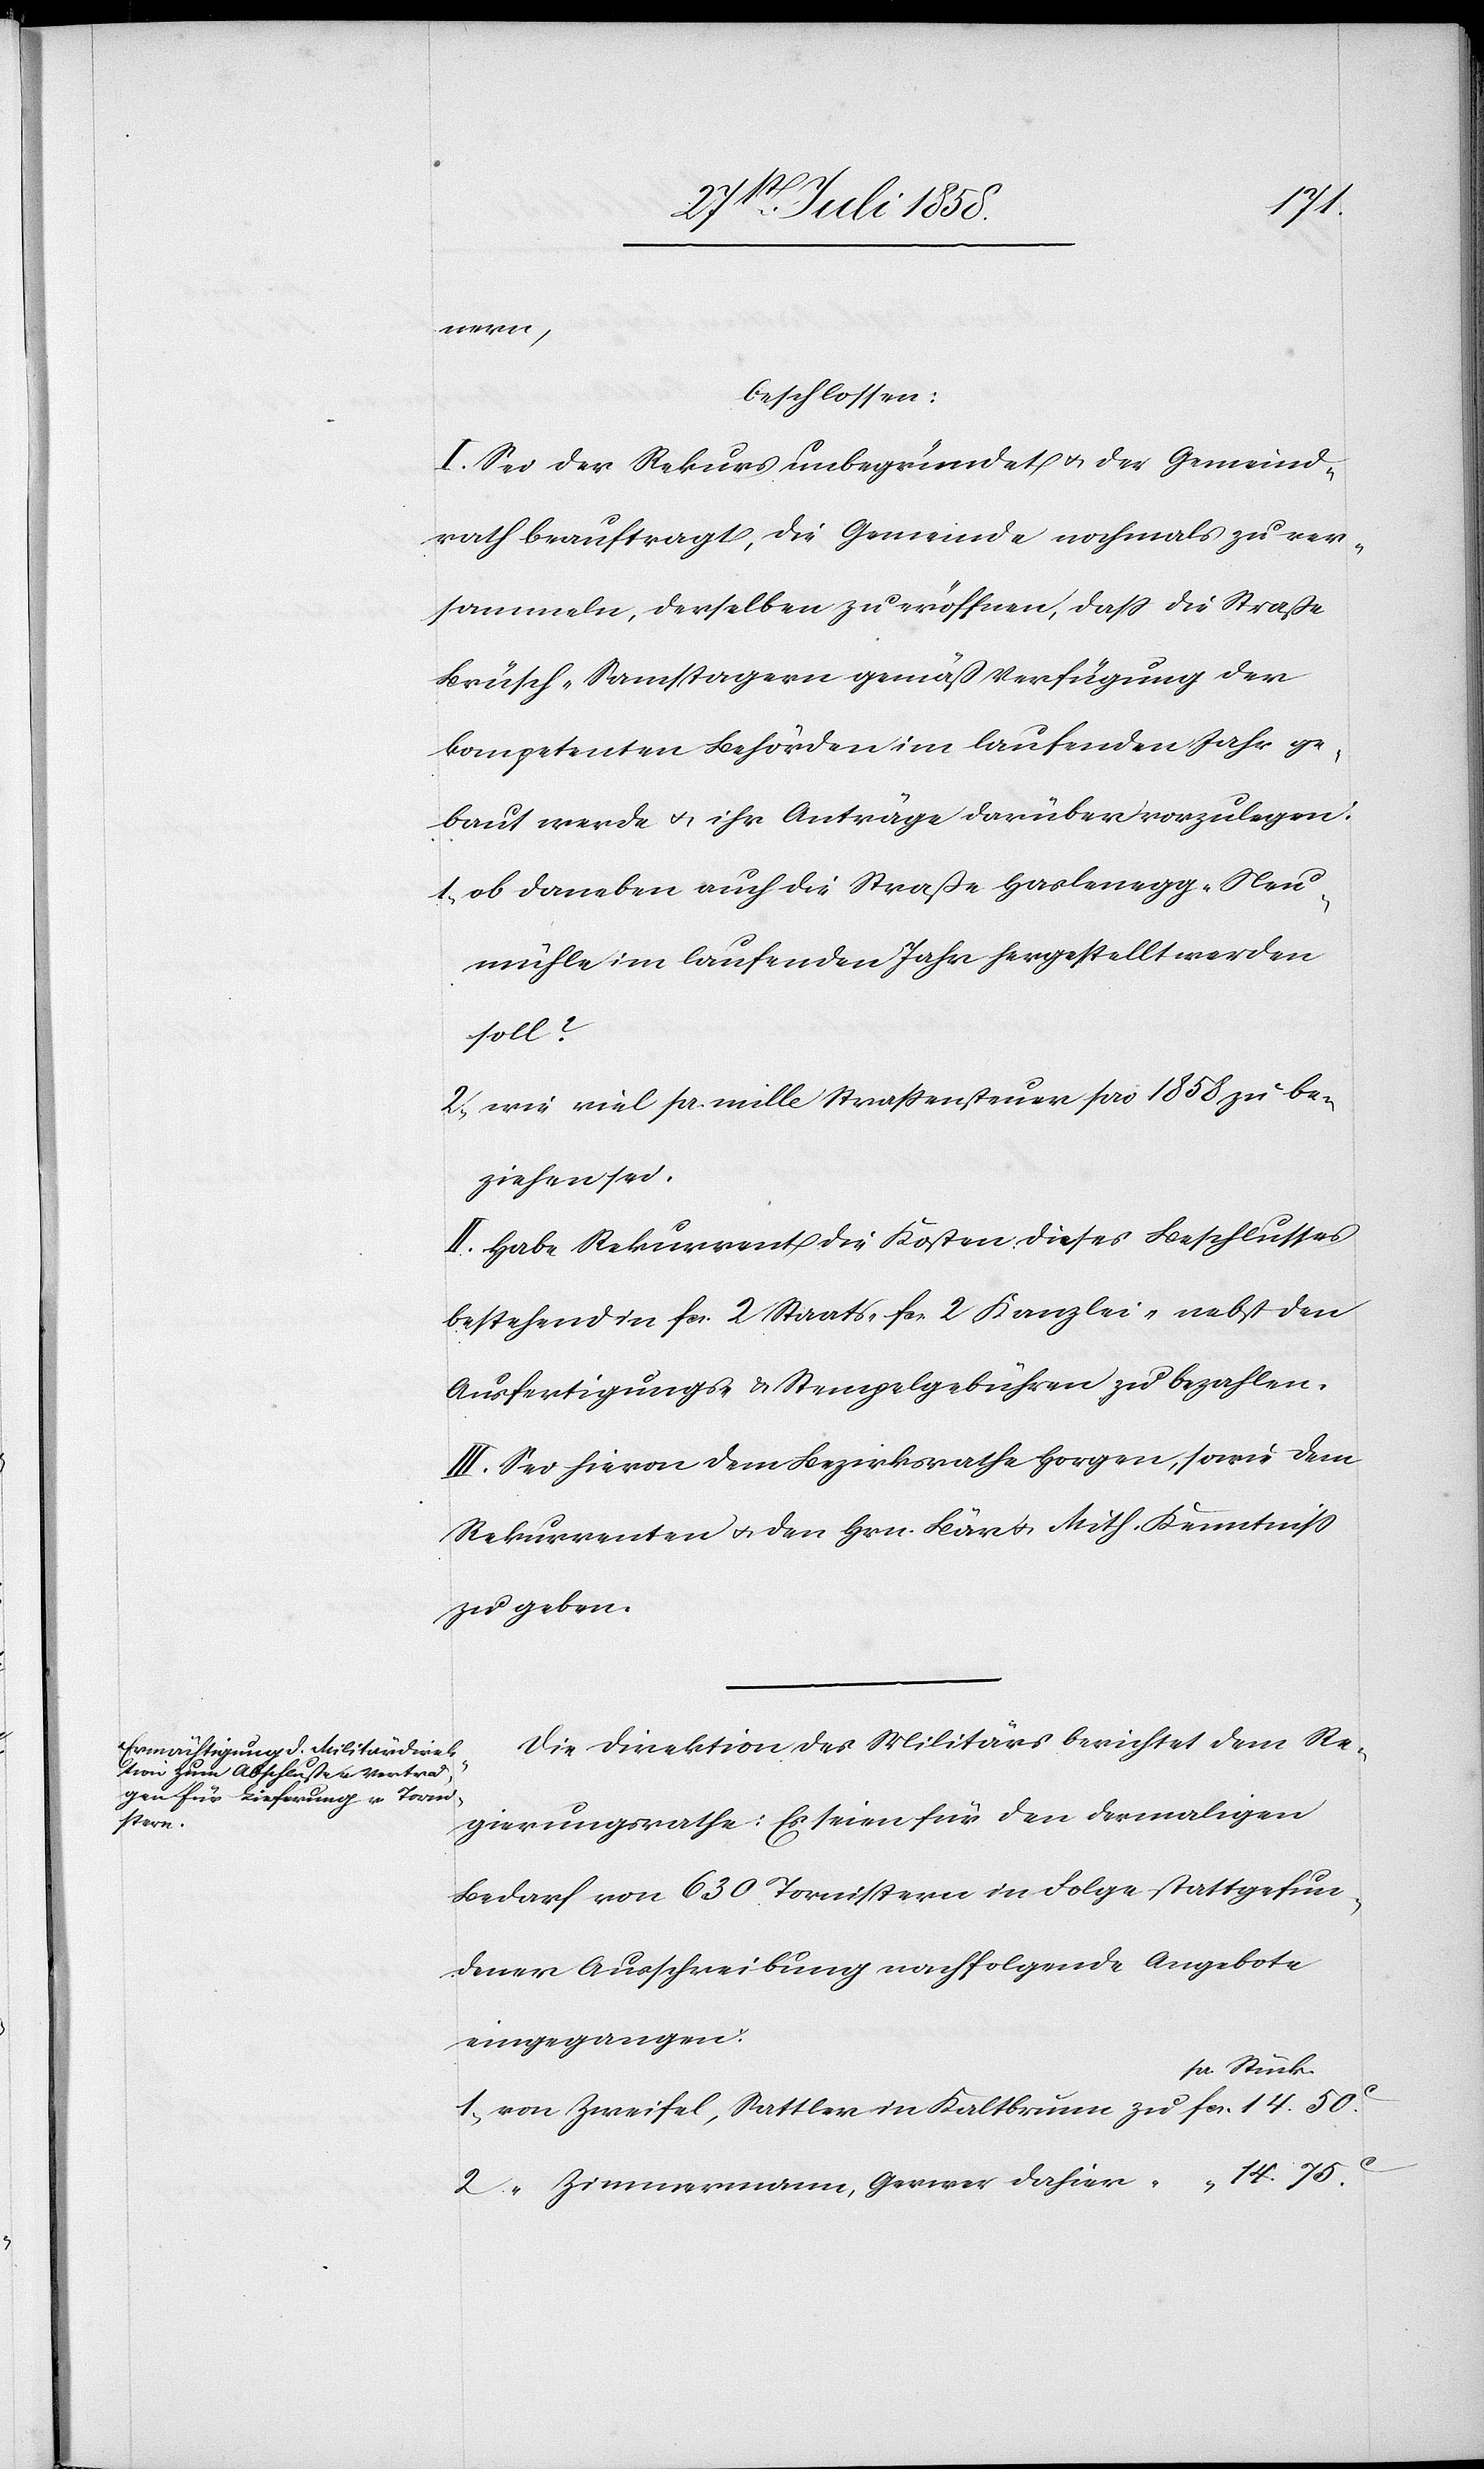
Kaltbrunn

75C.
nern,
beschlossen:
I. Sei der Rekurs unbegründet & der Gemeind¬
rath beauftragt, die Gemeinde nochmals zu ver¬
sammeln, derselben zu eröffnen, dass die Straße
Brüsch–Samstagern gemäß Verfügung der
kompetenten Behörden im laufenden Jahr ge¬
baut werde & ihr Anträge darüber vorzulegen:
ob daneben auch die Straße Haslenegg–Neu¬
mühle im laufenden Jahr hergestellt werden
soll?
wie viel pr. mille Strassensteuer pro 1858 zu be¬
ziehen sei.
II. Habe Rekurrent die Kosten dieses Beschlusses
bestehend in fcs. 2 Staats-[,] fcs. 2 Kanzlei-[,] nebst den
Ausfertigungs- & Stempelgebühren zu bezahlen.
III. Sei hievon dem Bezirksrathe Horgen, sowie dem
Rekurrenten & den Hrn. Bär & Mith. Kenntniss
zu geben.
Die Direktion des Militärs berichtet dem Re¬
gierungsrathe: Es seien für den dermaligen
Bedarf von 630 Tornistern in Folge stattgefun¬
dener Ausschreibung nachfolgende Angebote
eingegangen:
pr. Stück
50C.
“ Zimmermann, Gerwer dahier